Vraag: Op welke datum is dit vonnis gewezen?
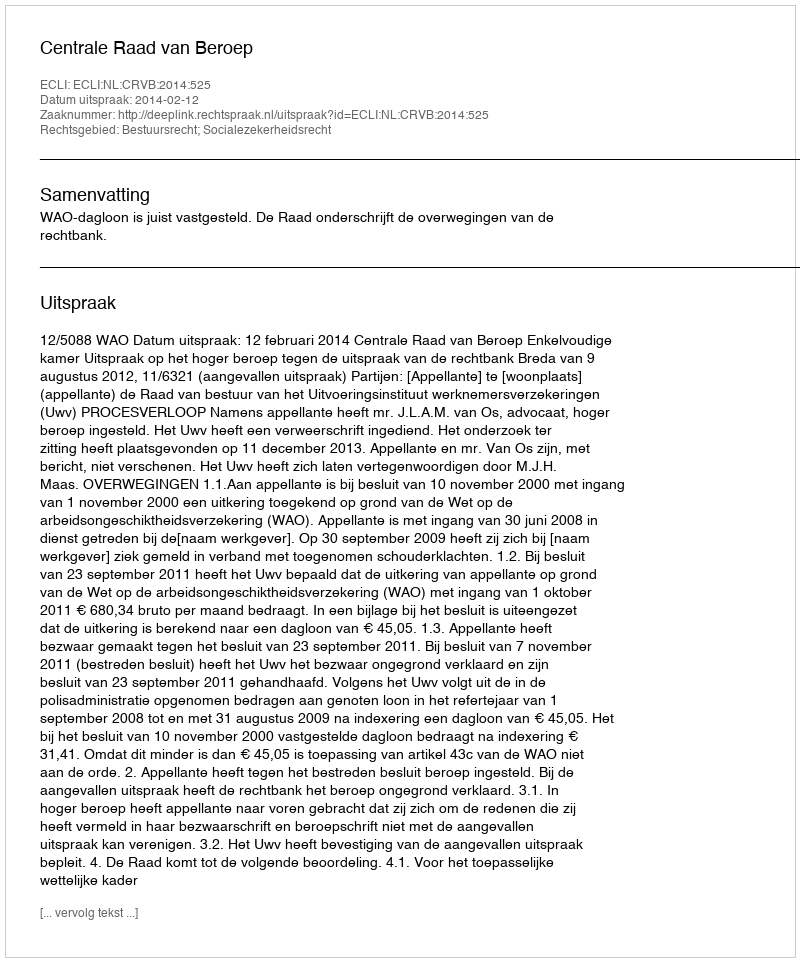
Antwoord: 2014-02-12